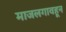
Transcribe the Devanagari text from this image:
माजलगावहून